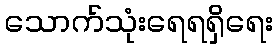
သောက်သုံးရေရရှိရေး